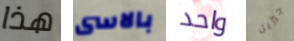
هذا بالاسى واحد جيزيل